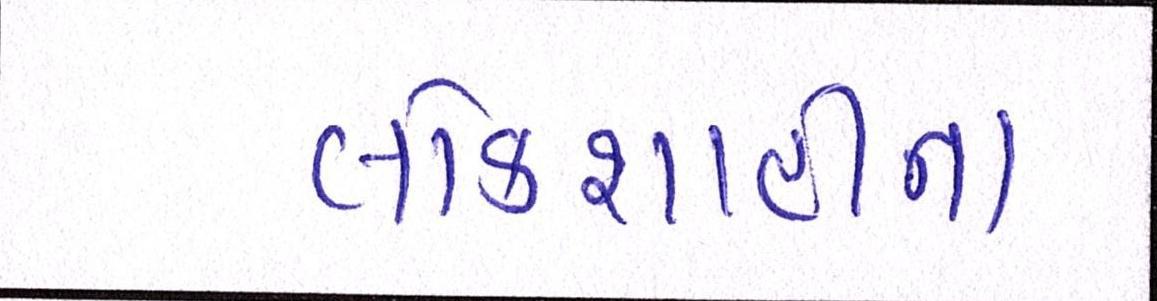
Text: લોકશાહીના